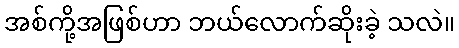
အစ်ကို့အဖြစ်ဟာ ဘယ်လောက်ဆိုးခဲ့ သလဲ။